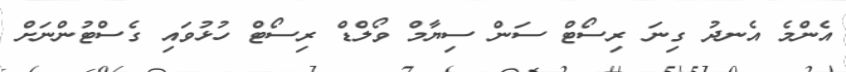
އެންމެ އެނދު ގިނަ ރިސޯޓް ސަން ސިޔާމް ވޯލްޑް ރިސޯޓް ހުޅުވައި ގެސްޓުންނަށް